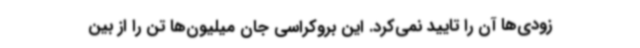
زودی‌ها آن را تایید نمی‌کرد. این بروکراسی جان میلیون‌ها تن را از بین